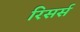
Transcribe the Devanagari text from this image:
रिसर्स